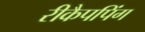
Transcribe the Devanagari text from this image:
रीकैपपिंग